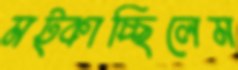
মট্‌কাচ্ছিলেম